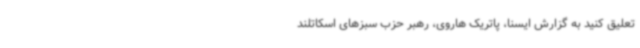
تعلیق کنید به گزارش ایسنا، پاتریک هاروی، رهبر حزب سبزهای اسکاتلند